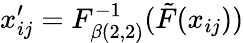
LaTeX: x_{ij}^{\prime}=F_{\beta(2,2)}^{-1}(\tilde{F}(x_{ij}))